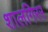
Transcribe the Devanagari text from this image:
शालगिरर